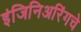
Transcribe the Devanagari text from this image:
इंजिनिअरिंगचे